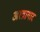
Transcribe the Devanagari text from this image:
अस्त्रागार